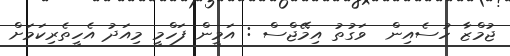
ޖުމްޒާ ހުސެއިން  ވަގުތު އިމޭޖްސް : އަމީން ފަހްމީ މިއަދު އެހީތެރިކަމަށް